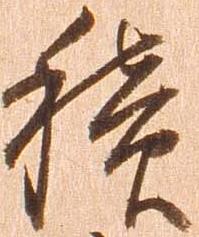
積